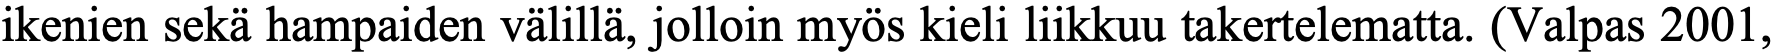
ikenien sekä hampaiden välillä, jolloin myös kieli liikkuu takertelematta. (Valpas 2001,